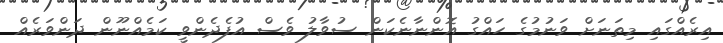
އިރެއްގައި މިތަނަށް ވަނުމުގެ ހައްގު އޮންނާނެކަން ސުވާލު ވެސް އުފެދެންވީ ކަމެއްނޫން ދަންވަރެއް